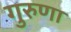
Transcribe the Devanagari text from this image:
गुरुणा